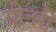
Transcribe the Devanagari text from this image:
ग्रीनरी